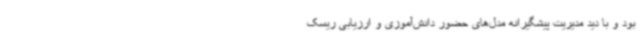
بود و با دید مدیریت پیشگیرانه مدل‌های حضور دانش‌آموزی و ارزیابی ریسک